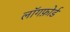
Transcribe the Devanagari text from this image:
लॉगफ़ोर्ड